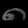
Digit: ၈